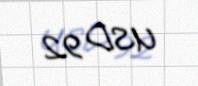
USD 92